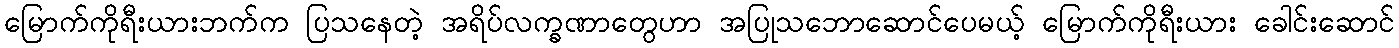
မြောက်ကိုရီးယားဘက်က ပြသနေတဲ့ အရိပ်လက္ခဏာတွေဟာ အပြုသဘောဆောင်ပေမယ့် မြောက်ကိုရီးယား ခေါင်းဆောင်